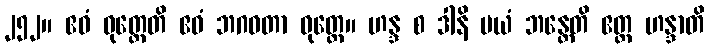
၂၅၂။ ဧဝံ ဝုတ္တေတိ ဧဝံ ဘဂဝတာ ဝုတ္တေ။ ဟန္ဒ စ ဒါနိ မယံ ဘန္တေတိ ဧတ္ထ ဟန္ဒာတိ